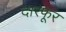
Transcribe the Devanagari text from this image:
दारफूर